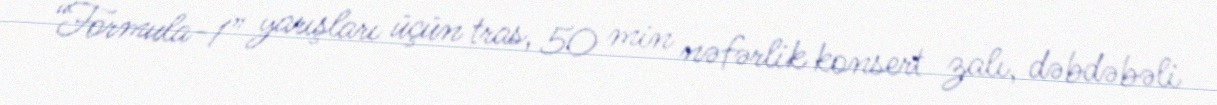
“Formula-1” yarışları üçün tras, 50 min nəfərlik konsert zalı, dəbdəbəli